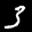
Label: 3